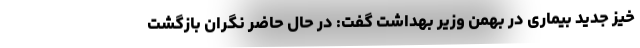
خیز جدید بیماری در بهمن وزیر بهداشت گفت: در حال حاضر نگران بازگشت